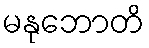
မနုဘောတိ